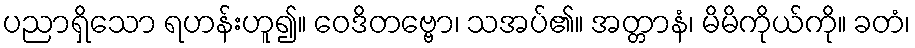
ပညာရှိသော ရဟန်းဟူ၍။ ဝေဒိတဗ္ဗော၊ သအပ်၏။ အတ္တာနံ၊ မိမိကိုယ်ကို။ ခတံ၊